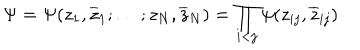
\Psi = \Psi ( z _ { 1 } , \overline { { { z } } } _ { 1 } ; \ldots ; z _ { N } , \overline { { { z } } } _ { N } ) = \prod _ { \scriptstyle i < j } \psi ( z _ { i j } , \overline { { { z } } } _ { i j } )